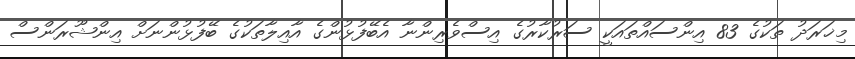
މިޚަރަދު ތަކުގެ 83 އިންސައްތައަކީ ސަރުކާރުގެ އިސްވެރިންނާ އެބޭފުޅުންގެ އާއިލާތަކުގެ ބޭފުޅުންނަށް އިންޝޫރަންސް